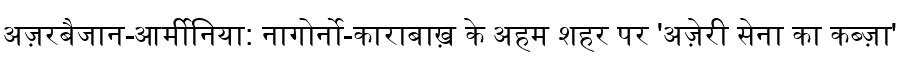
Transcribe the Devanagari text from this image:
अज़रबैजान-आर्मीनिया: नागोर्नो-काराबाख़ के अहम शहर पर 'अज़ेरी सेना का कब्ज़ा'